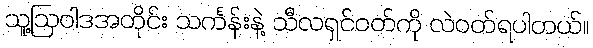
သူ့ဩဝါဒအတိုင်း သင်္ကန်းနဲ့ သီလရှင်ဝတ်ကို လဲဝတ်ရပါတယ်။